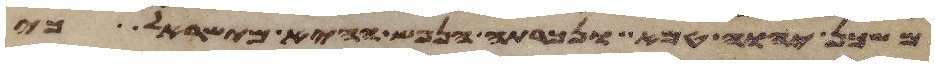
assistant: משכן יהוה טמא ונכרתה הנפש ההיא מישראל כי